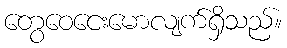
တွေဝေငေးမောလျက်ရှိသည်။